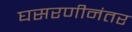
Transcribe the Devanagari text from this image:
घसरणीनंतर